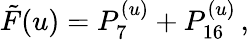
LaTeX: \tilde{F}(u)=P_{7}^{(u)}+P_{16}^{(u)}\, ,